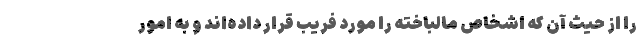
را از حیث آن که اشخاص مالباخته را مورد فریب قرار داده‌اند و به امور